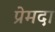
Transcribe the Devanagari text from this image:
प्रेमदा